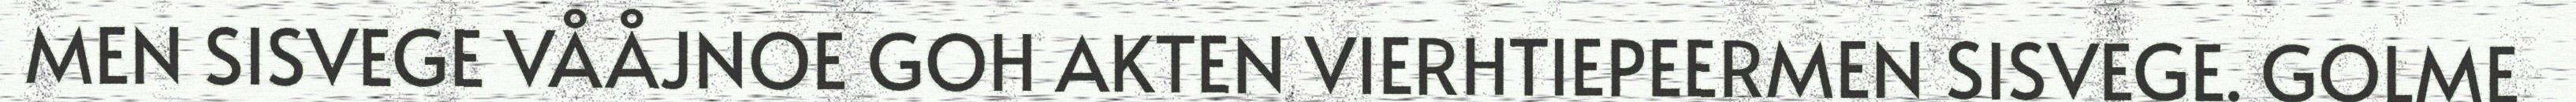
MEN SISVEGE VÅÅJNOE GOH AKTEN VIERHTIEPEERMEN SISVEGE. GOLME